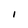
Character: I